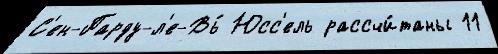
С'ен-Парду-л'е-Вь́ Юсс'ель рассчи́таны 11